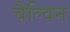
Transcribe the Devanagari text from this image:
चैल्विन